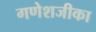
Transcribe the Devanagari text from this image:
गणेशजीका